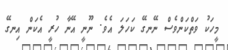
މީހަކު ވަތްކަންވެސް ނޭނގޭ ކަހަލަ އެވެ. ނޫނީ އޭނާ ހުރީ އެކަން އިނގޭ